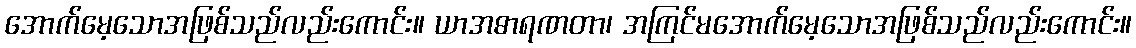
အောက်မေ့သောအဖြစ်သည်လည်းကောင်း။ ယာအဓာရဏတာ၊ အကြင်မအောက်မေ့သောအဖြစ်သည်လည်းကောင်း။